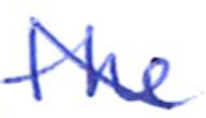
Text: the
Cross-out: diagonal
Writing tool: ballpoint